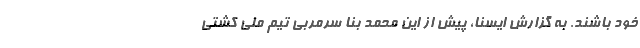
خود باشند. به گزارش ایسنا، پیش از این محمد بنا سرمربی تیم ملی کشتی